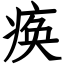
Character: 痪